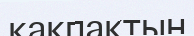
қақпақтын